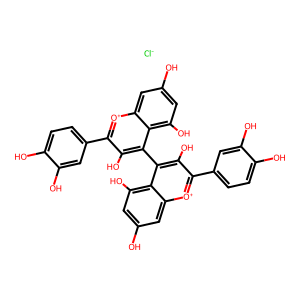
SMILES: Oc1cc(O)c2c(-c3c(O)c(-c4ccc(O)c(O)c4)[o+]c4cc(O)cc(O)c34)c(O)c(-c3ccc(O)c(O)c3)[o+]c2c1.[Cl-]
Inhibits HIV replication: No